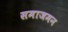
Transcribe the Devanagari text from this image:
समाजमन